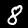
Label: 8